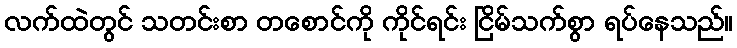
လက်ထဲတွင် သတင်းစာ တစောင်ကို ကိုင်ရင်း ငြိမ်သက်စွာ ရပ်နေသည်။